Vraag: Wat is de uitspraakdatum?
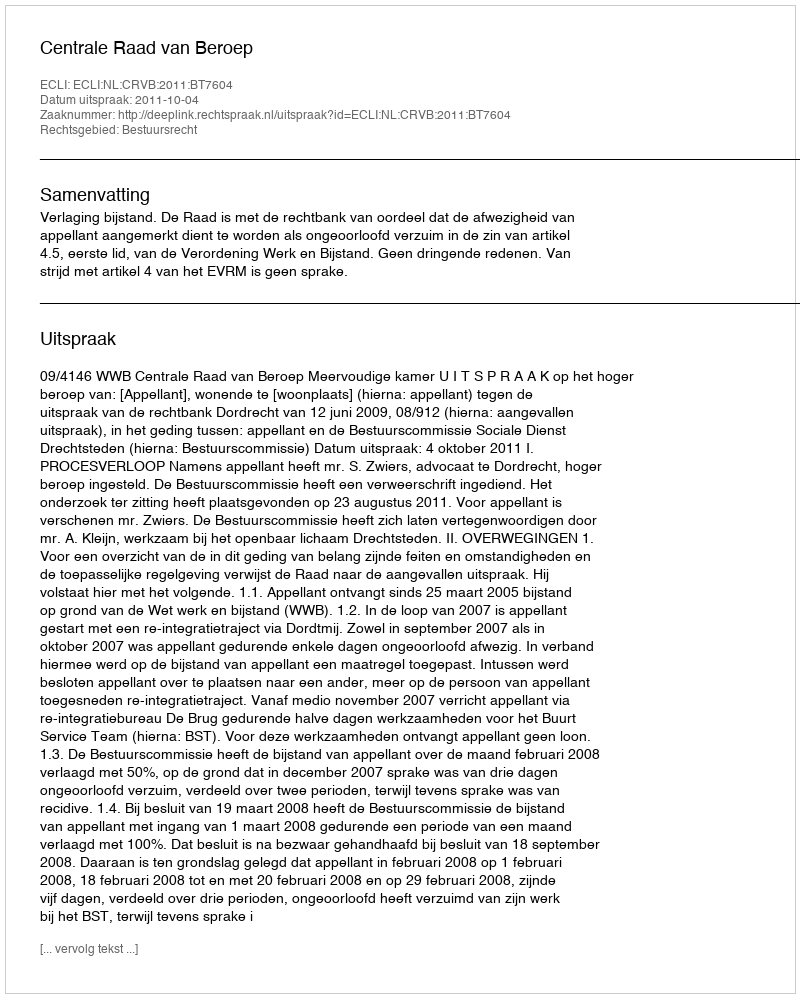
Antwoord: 2011-10-04